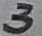
Text: 3